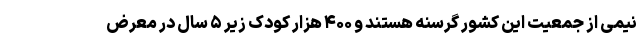
نیمی از جمعیت این کشور گرسنه هستند و ۴۰۰ هزار کودک زیر ۵ سال در معرض